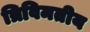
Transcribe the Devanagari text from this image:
त्रिविमतीय